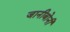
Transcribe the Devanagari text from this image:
जानीबोनी